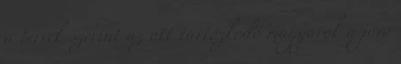
a tervek szerint az ott tartózkodó magyarok a jövő